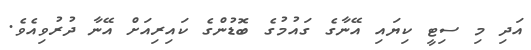
އަދި މި ސިޓީ ކިޔައި އޭނާގެ ގައުމުގެ ބޮޑުންގެ ކައިރިއަށް އޭނާ ދުރުވިއެވެ.